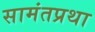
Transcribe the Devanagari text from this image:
सामंतप्रथा